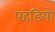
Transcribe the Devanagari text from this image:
पहडियो